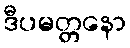
ဒီပမတ္တနော